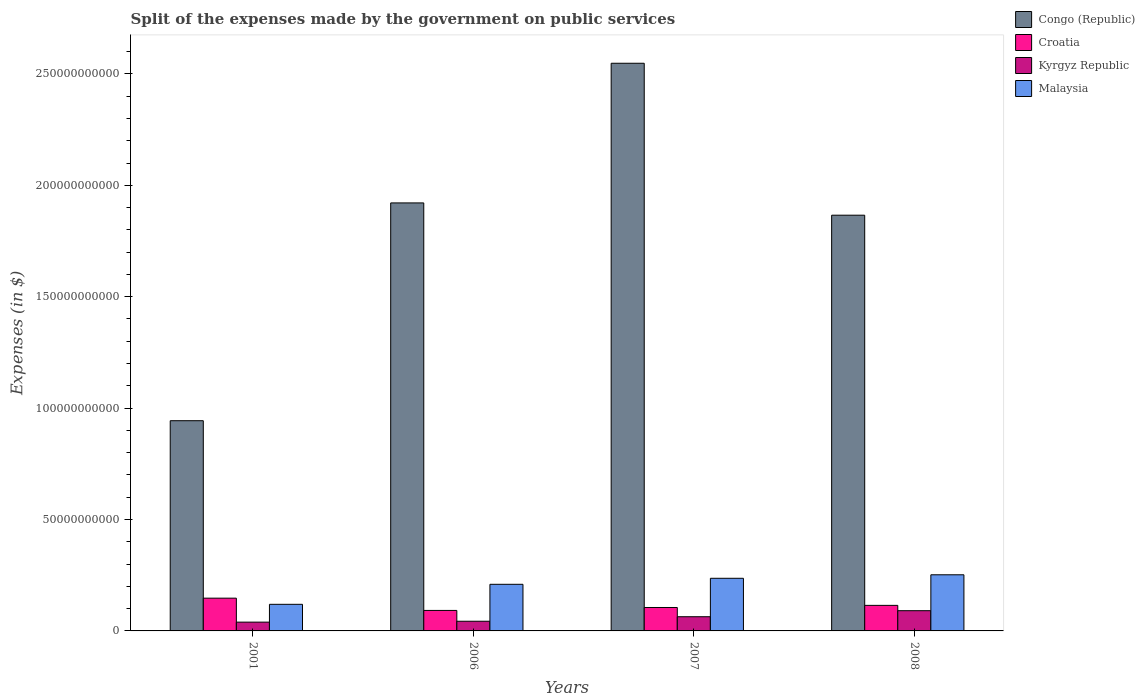
| Years | Congo (Republic) | Croatia | Kyrgyz Republic | Malaysia |
 | --- | --- | --- | --- | --- |
 | 2001 | 9.43e+10 | 1.47e+10 | 3.95e+09 | 1.19e+10 |
 | 2006 | 1.92e+11 | 9.19e+09 | 4.35e+09 | 2.09e+10 |
 | 2007 | 2.55e+11 | 1.05e+10 | 6.37e+09 | 2.36e+10 |
 | 2008 | 1.87e+11 | 1.15e+10 | 9.08e+09 | 2.52e+10 |